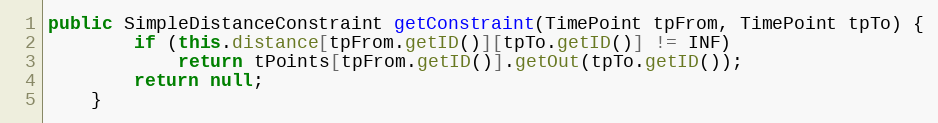
Language: Java
public SimpleDistanceConstraint getConstraint(TimePoint tpFrom, TimePoint tpTo) {
		if (this.distance[tpFrom.getID()][tpTo.getID()] != INF)
			return tPoints[tpFrom.getID()].getOut(tpTo.getID());
		return null;
	}